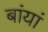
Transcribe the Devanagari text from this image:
बांयां